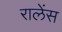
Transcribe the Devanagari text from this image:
रालेंस